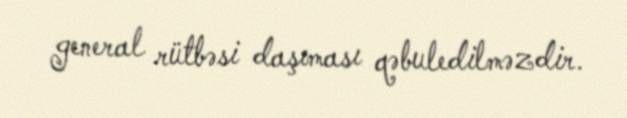
general rütbəsi daşıması qəbuledilməzdir.